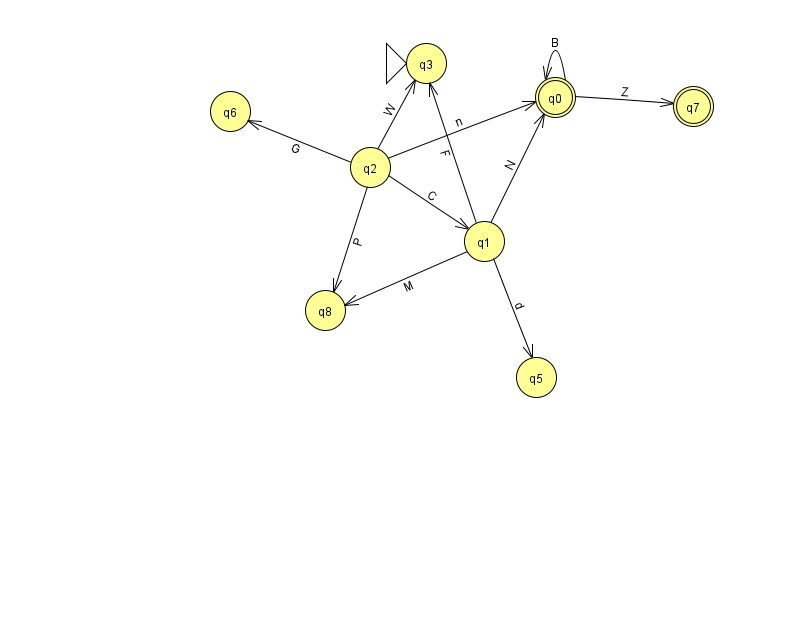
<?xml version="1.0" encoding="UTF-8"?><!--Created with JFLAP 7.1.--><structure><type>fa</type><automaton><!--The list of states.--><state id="0" name="q0"><x>555.0</x><y>84.0</y><final/></state><state id="1" name="q1"><x>484.0</x><y>228.0</y></state><state id="2" name="q2"><x>370.0</x><y>154.0</y></state><state id="3" name="q3"><x>426.0</x><y>50.0</y><initial/></state><state id="5" name="q5"><x>536.0</x><y>364.0</y></state><state id="6" name="q6"><x>230.0</x><y>98.0</y></state><state id="7" name="q7"><x>693.0</x><y>93.0</y><final/></state><state id="8" name="q8"><x>325.0</x><y>297.0</y></state><!--The list of transitions.--><transition><from>1</from><to>3</to><read>F</read></transition><transition><from>1</from><to>5</to><read>d</read></transition><transition><from>2</from><to>1</to><read>C</read></transition><transition><from>0</from><to>0</to><read>B</read></transition><transition><from>2</from><to>3</to><read>W</read></transition><transition><from>2</from><to>8</to><read>P</read></transition><transition><from>0</from><to>7</to><read>Z</read></transition><transition><from>2</from><to>0</to><read>n</read></transition><transition><from>1</from><to>0</to><read>N</read></transition><transition><from>1</from><to>8</to><read>M</read></transition><transition><from>2</from><to>6</to><read>G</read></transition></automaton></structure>